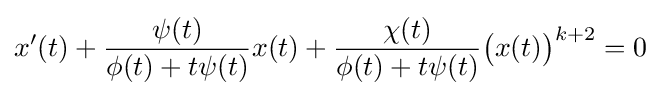
x'(t)+{\frac {\psi (t)}{\phi (t)+t\psi (t)}}x(t)+{\frac {\chi (t)}{\phi (t)+t\psi (t)}}{\big (}x(t){\big )}^{k+2}=0